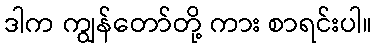
ဒါက ကျွန်တော်တို့ ကား စာရင်းပါ။